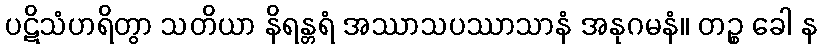
ပဋိသံဟရိတွာ သတိယာ နိရန္တရံ အဿာသပဿာသာနံ အနုဂမနံ။ တဉ္စ ခေါ န